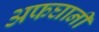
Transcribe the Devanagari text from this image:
अफघानी